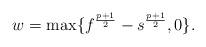
LaTeX: \begin{align*}w=\max\{ f^{\frac{p +1}{2}} - s^{\frac{p+1}{2}} ,0\}.\end{align*}